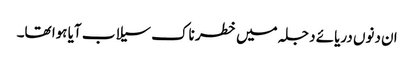
ان دنوں دریائے دجلہ میں خطر ناک سیلاب آیا ہوا تھا۔